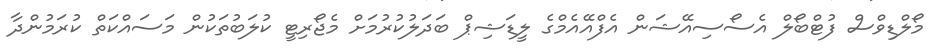
މޯލްޑިވްސް ފުޓްބޯލް އެސޯސިއޭޝަން އެފްއޭއެމްގެ ލީޑަޝިޕް ބަދަލުކުރުމަށް މެޖޯރިޓީ ކުލަބުތަކުން މަސައްކަތް ކުރަމުންދާ